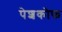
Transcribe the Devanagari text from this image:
पेशकोफ